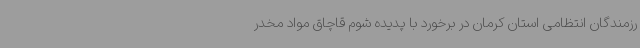
رزمندگان انتظامی استان کرمان در برخورد با پدیده شوم قاچاق مواد مخدر